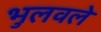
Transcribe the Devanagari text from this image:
भुलवले